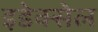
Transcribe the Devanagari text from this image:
इडेक्सेल